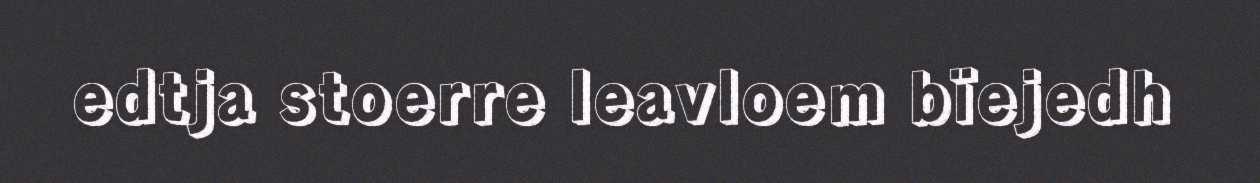
edtja stoerre leavloem bïejedh